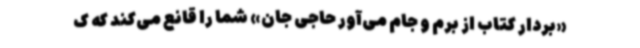
«بردار کتاب از برم و جام می‌آور حاجی جان» شما را قانع می‌کند که ک